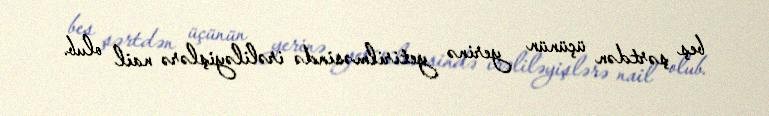
beş şərtdən üçünün yerinə yetirilməsində irəliləyişlərə nail olub.